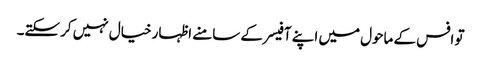
تو افس کے ماحول میں اپنے آفیسر کے سامنے اظہار خیال نہیں کرسکتے۔